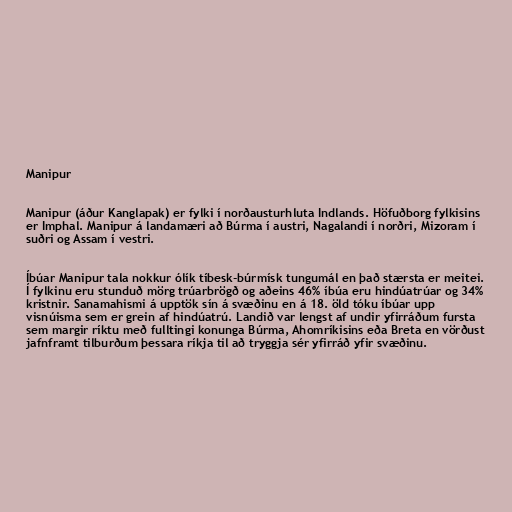
Manipur

Manipur (áður Kanglapak) er fylki í norðausturhluta Indlands. Höfuðborg fylkisins
er Imphal. Manipur á landamæri að Búrma í austri, Nagalandi í norðri, Mizoram í
suðri og Assam í vestri.

Íbúar Manipur tala nokkur ólík tíbesk-búrmísk tungumál en það stærsta er meitei.
Í fylkinu eru stunduð mörg trúarbrögð og aðeins 46% íbúa eru hindúatrúar og 34%
kristnir. Sanamahismi á upptök sín á svæðinu en á 18. öld tóku íbúar upp
visnúisma sem er grein af hindúatrú. Landið var lengst af undir yfirráðum fursta
sem margir ríktu með fulltingi konunga Búrma, Ahomríkisins eða Breta en vörðust
jafnframt tilburðum þessara ríkja til að tryggja sér yfirráð yfir svæðinu.